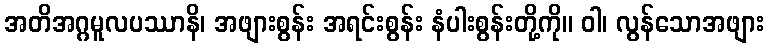
အတိအဂ္ဂမူလပဿာနိ၊ အဖျားစွန်း အရင်းစွန်း နံပါးစွန်းတို့ကို။ ဝါ၊ လွန်သောအဖျား